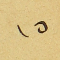
١٥